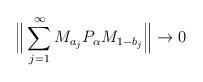
LaTeX: \begin{align*}\Big \| \sum_{j=1}^\infty M_{a_j} P_\alpha M_{1-b_j} \Big \| \to 0\end{align*}